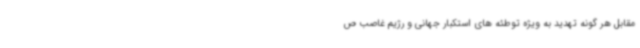
مقابل هر گونه تهدید به ویژه توطئه های استکبار جهانی و رژیم غاصب ص